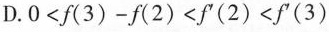
D. $$0<f(3)-f(2) <f^{\prime}(2) <f^{\prime}(3) $$